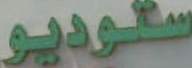
ستوديو